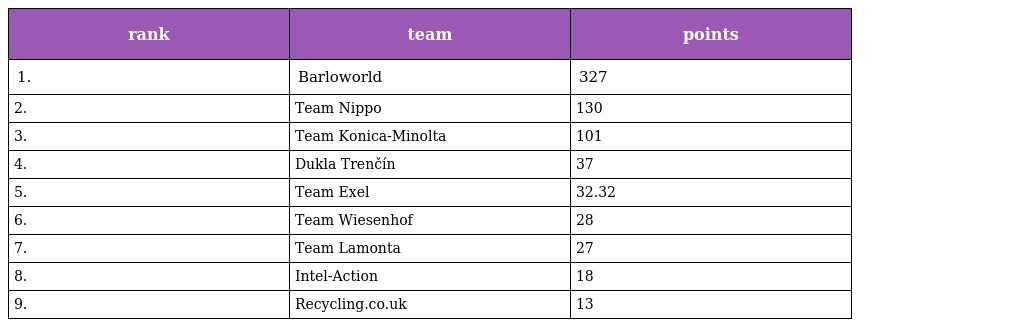
| rank | team | points |
 | --- | --- | --- |
 | 1. | Barloworld | 327 |
 | 2. | Team Nippo | 130 |
 | 3. | Team Konica-Minolta | 101 |
 | 4. | Dukla Trenčín | 37 |
 | 5. | Team Exel | 32.32 |
 | 6. | Team Wiesenhof | 28 |
 | 7. | Team Lamonta | 27 |
 | 8. | Intel-Action | 18 |
 | 9. | Recycling.co.uk | 13 |